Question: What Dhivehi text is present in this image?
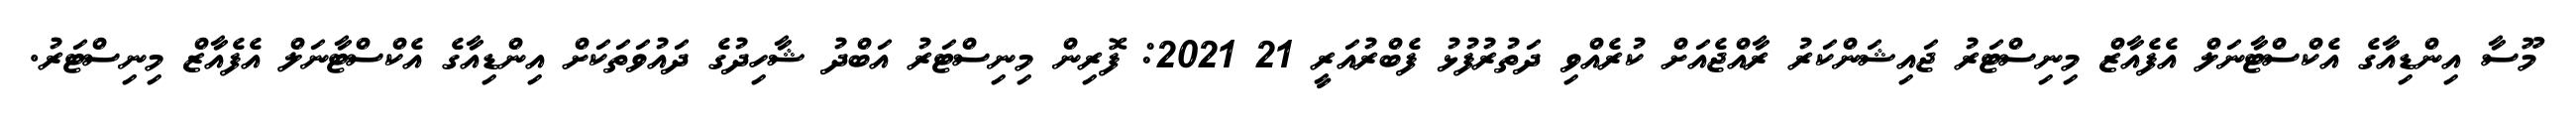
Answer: މޫސާ އިންޑިއާގެ އެކްސްޓާނަލް އެފެއާޒް މިނިސްޓަރު ޖައިޝަންކަރު ރާއްޖެއަށް ކުރެއްވި ދަތުރުފުޅު ފެބްރުއަރީ 21 2021: ފޮރިން މިނިސްޓަރު އަބްދު ޝާހިދުގެ ދައުވަތަކަށް އިންޑިއާގެ އެކްސްޓާނަލް އެފެއާޒް މިނިސްޓަރު.